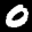
Label: 0